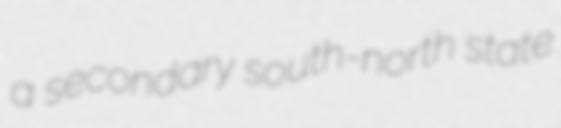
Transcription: a secondary south-north state